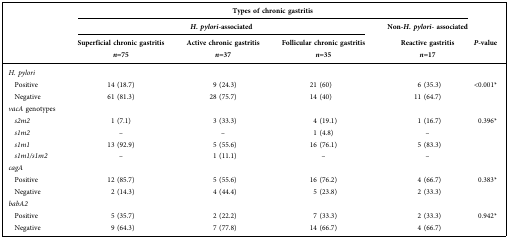
<table><thead><tr><td></td><td colspan="4"><b>Types of chronic gastritis</b></td><td></td></tr><tr><td></td><td colspan="3"><b><i>H. pylori</i>-associated</b></td><td><b>Non-<i>H. pylori-</i> associated</b></td><td></td></tr><tr><td></td><td><b>Superficial chronic gastritis</b></td><td><b>Active chronic gastritis</b></td><td><b>Follicular chronic gastritis</b></td><td><b>Reactive gastritis</b></td><td rowspan="2"><b><i>P-</i>value</b></td></tr><tr><td></td><td><b><i>n</i>=75</b></td><td><b><i>n</i>=37</b></td><td><b><i>n</i>=35</b></td><td><b><i>n</i>=17</b></td></tr></thead><tbody><tr><td><i>H. pylori</i></td><td></td><td></td><td></td><td></td><td></td></tr><tr><td> Positive</td><td>14 (18.7)</td><td>9 (24.3)</td><td>21 (60)</td><td>6 (35.3)</td><td rowspan="2">&lt;0.001*</td></tr><tr><td> Negative</td><td>61 (81.3)</td><td>28 (75.7)</td><td>14 (40)</td><td>11 (64.7)</td></tr><tr><td><i>vacA</i> genotypes</td><td></td><td></td><td></td><td></td><td></td></tr><tr><td> <i>s2m2</i></td><td>1 (7.1)</td><td>3 (33.3)</td><td>4 (19.1)</td><td>1 (16.7)</td><td rowspan="4">0.396*</td></tr><tr><td> <i>s1m2</i></td><td>–</td><td>–</td><td>1 (4.8)</td><td>–</td></tr><tr><td> <i>s1m1</i></td><td>13 (92.9)</td><td>5 (55.6)</td><td>16 (76.1)</td><td>5 (83.3)</td></tr><tr><td> <i>s1m1/s1m2</i></td><td>–</td><td>1 (11.1)</td><td>–</td><td>–</td></tr><tr><td><i>cagA</i></td><td></td><td></td><td></td><td></td><td></td></tr><tr><td> Positive</td><td>12 (85.7)</td><td>5 (55.6)</td><td>16 (76.2)</td><td>4 (66.7)</td><td rowspan="2">0.383*</td></tr><tr><td> Negative</td><td>2 (14.3)</td><td>4 (44.4)</td><td>5 (23.8)</td><td>2 (33.3)</td></tr><tr><td><i>babA2</i></td><td></td><td></td><td></td><td></td><td></td></tr><tr><td> Positive</td><td>5 (35.7)</td><td>2 (22.2)</td><td>7 (33.3)</td><td>2 (33.3)</td><td rowspan="2">0.942*</td></tr><tr><td> Negative</td><td>9 (64.3)</td><td>7 (77.8)</td><td>14 (66.7)</td><td>4 (66.7)</td></tr></tbody></table>